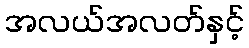
အလယ်အလတ်နှင့်